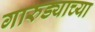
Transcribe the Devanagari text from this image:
गारुड्याच्या